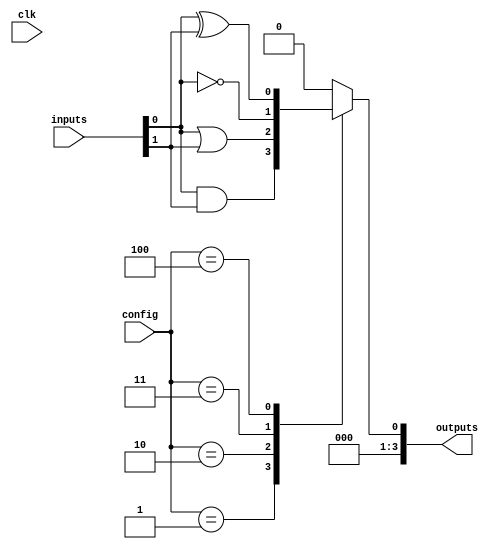
module CLB (
    input wire [7:0] inputs,       // 8 Input pins
    input wire [3:0] config,       // Configuration signals (SRAM contents)
    input wire clk,                // Global clock signal
    output reg [3:0] outputs       // 4 Output pins
);

// Internal wire for logic operations
wire and_out, or_out, not_out, xor_out;

// Logic Gates
assign and_out = inputs[0] & inputs[1];
assign or_out  = inputs[0] | inputs[1];
assign not_out = ~inputs[0];
assign xor_out  = inputs[0] ^ inputs[1];

// Multiplexer to route outputs based on configuration
always @(*) begin
    case (config)
        4'b0000: outputs = 4'b0000;        // No operation
        4'b0001: outputs = {3'b000, and_out}; // AND operation
        4'b0010: outputs = {3'b000, or_out};  // OR operation
        4'b0011: outputs = {3'b000, not_out}; // NOT operation
        4'b0100: outputs = {3'b000, xor_out}; // XOR operation
        // Add more configurations as needed
        default: outputs = 4'b0000;        // Default case  
    endcase
end

endmodule